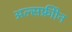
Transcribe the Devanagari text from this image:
अल्सफ्रीोन